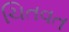
ચિતવત